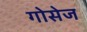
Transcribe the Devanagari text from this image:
गोसेज